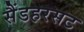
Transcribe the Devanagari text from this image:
सैंडहरसट